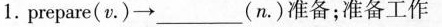
1.prepare(v\cdot )\to ___(n\cdot )准备；准备工作